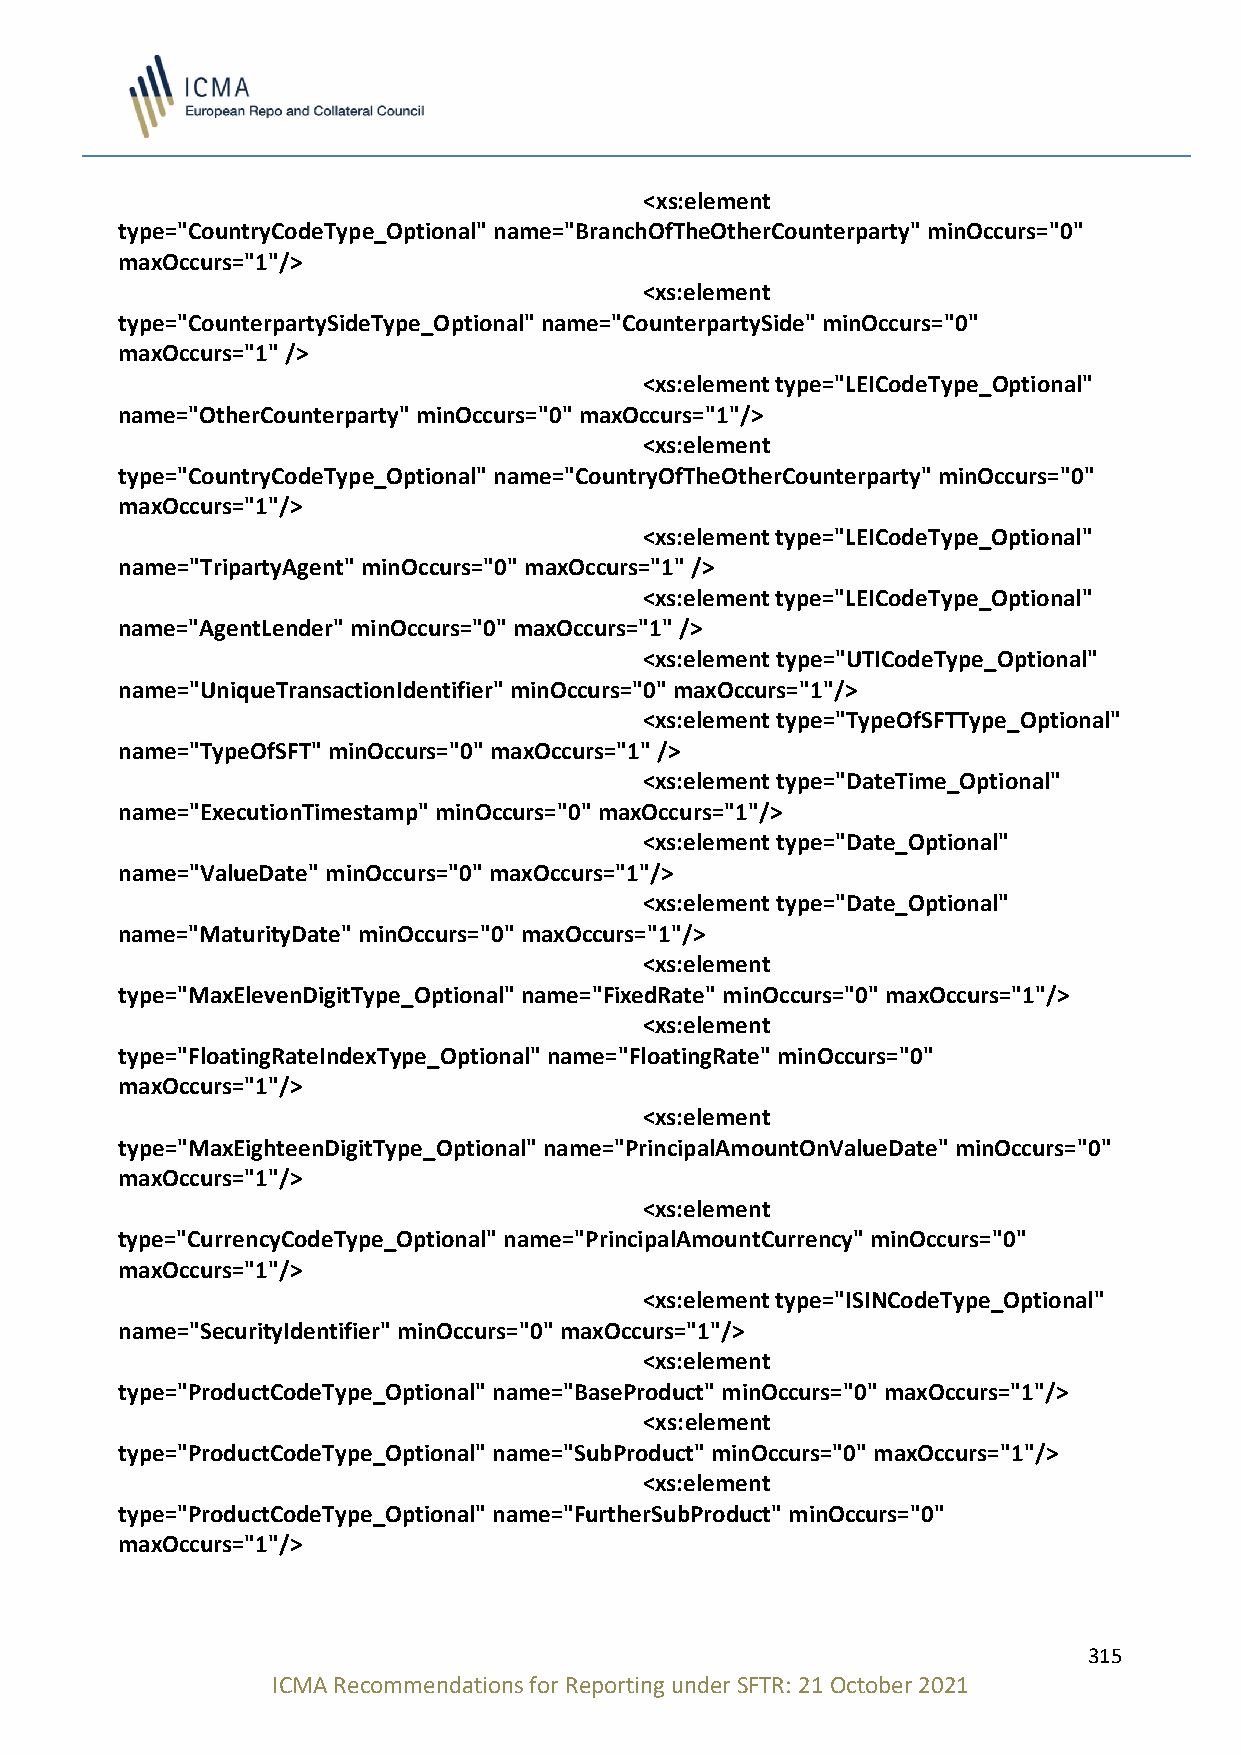
<xs:element
 type="CountryCodeType_Optional" name="BranchOfTheOtherCounterparty" minOccurs="0"
 maxOccurs="1"/>
 <xs:element
 type="CounterpartySideType_Optional" name="CounterpartySide" minOccurs="0"
 maxOccurs="1" />
 <xs:element type="LEICodeType_Optional"
 name="OtherCounterparty" minOccurs="0" maxOccurs="1"/>
 <xs:element
 type="CountryCodeType_Optional" name="CountryOfTheOtherCounterparty" minOccurs="0"
 maxOccurs="1"/>
 <xs:element type="LEICodeType_Optional"
 name="TripartyAgent" minOccurs="0" maxOccurs="1" />
 <xs:element type="LEICodeType_Optional"
 name="AgentLender" minOccurs="0" maxOccurs="1" />
 <xs:element type="UTICodeType_Optional"
 name="UniqueTransactionIdentifier" minOccurs="0" maxOccurs="1"/>
 <xs:element type="TypeOfSFTType_Optional"
 name="TypeOfSFT" minOccurs="0" maxOccurs="1" />
 <xs:element type="DateTime_Optional"
 name="ExecutionTimestamp" minOccurs="0" maxOccurs="1"/>
 <xs:element type="Date_Optional"
 name="ValueDate" minOccurs="0" maxOccurs="1"/>
 <xs:element type="Date_Optional"
 name="MaturityDate" minOccurs="0" maxOccurs="1"/>
 <xs:element
 type="MaxElevenDigitType_Optional" name="FixedRate" minOccurs="0" maxOccurs="1"/>
 <xs:element
 type="FloatingRateIndexType_Optional" name="FloatingRate" minOccurs="0"
 maxOccurs="1"/>
 <xs:element
 type="MaxEighteenDigitType_Optional" name="PrincipalAmountOnValueDate" minOccurs="0"
 maxOccurs="1"/>
 <xs:element
 type="CurrencyCodeType_Optional" name="PrincipalAmountCurrency" minOccurs="0"
 maxOccurs="1"/>
 <xs:element type="ISINCodeType_Optional"
 name="SecurityIdentifier" minOccurs="0" maxOccurs="1"/>
 <xs:element
 type="ProductCodeType_Optional" name="BaseProduct" minOccurs="0" maxOccurs="1"/>
 <xs:element
 type="ProductCodeType_Optional" name="SubProduct" minOccurs="0" maxOccurs="1"/>
 <xs:element
 type="ProductCodeType_Optional" name="FurtherSubProduct" minOccurs="0"
 maxOccurs="1"/>
 315
 ICMA Recommendations for Reporting under SFTR: 21 October 2021